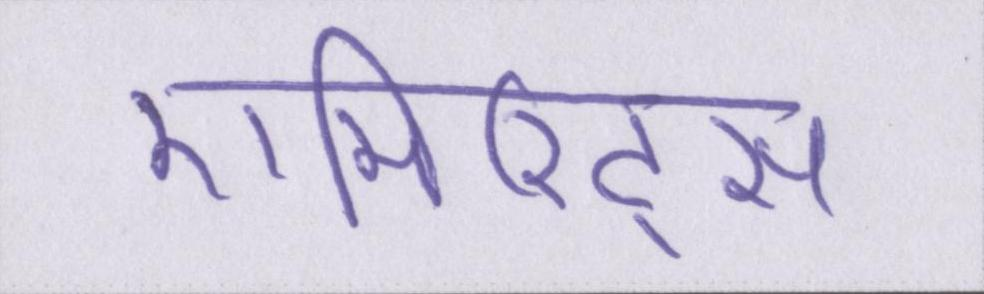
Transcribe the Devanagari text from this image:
एमिरिट्स